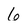
Character: 6